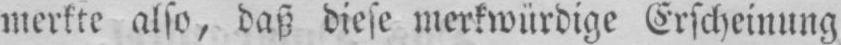
merkte also, daß diese merkwürdige Erscheinung